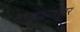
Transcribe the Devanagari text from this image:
दाखवण्यावर